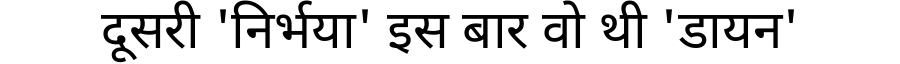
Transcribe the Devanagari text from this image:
दूसरी 'निर्भया' इस बार वो थी 'डायन'